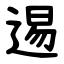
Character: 逷